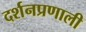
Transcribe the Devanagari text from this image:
दर्शनप्रणाली